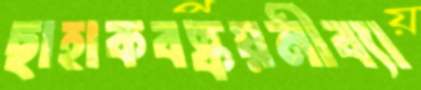
ছাহাকবষ্কয়নীব্যা